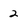
Character: 2